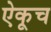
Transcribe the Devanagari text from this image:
ऐकूच